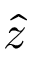
\hat { z }